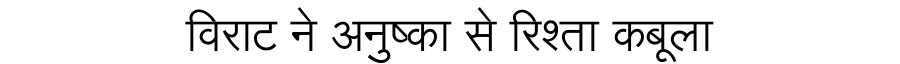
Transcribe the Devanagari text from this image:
विराट ने अनुष्का से रिश्ता कबूला